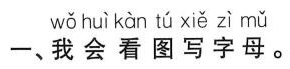
一、我会看图写字母。